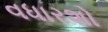
વધારશો